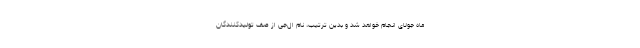
ماه جولای انجام خواهد شد و بدین ترتیب، نام ال‌جی از صف تولیدکنندگان